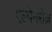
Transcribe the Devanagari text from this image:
एल्पेनरोज़